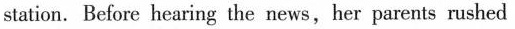
station. Before hearing the news,her parents rushed